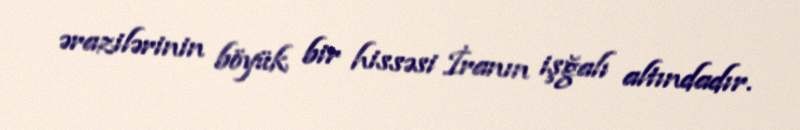
ərazilərinin böyük bir hissəsi İranın işğalı altındadır.